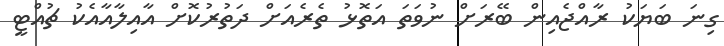
ގިނަ ބަޔަކު ރާއްޖެއިން ބޭރަށް ނުވަތަ އަތޮޅު ތެރެއަށް ދަތުރުކޮށް އާއިލާއާއެކު ޗުއްޓީ